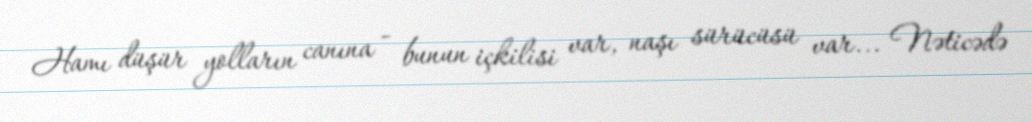
Hamı düşür yolların canına - bunun içkilisi var, naşı sürücüsü var... Nəticədə